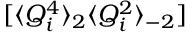
[ \langle Q _ { i } ^ { 4 } \rangle _ { 2 } \langle Q _ { i } ^ { 2 } \rangle _ { - 2 } ]